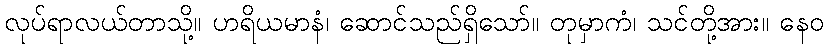
လုပ်ရာလယ်တာသို့။ ဟရိယမာနံ၊ ဆောင်သည်ရှိသော်။ တုမှာကံ၊ သင်တို့အား။ နေဝ